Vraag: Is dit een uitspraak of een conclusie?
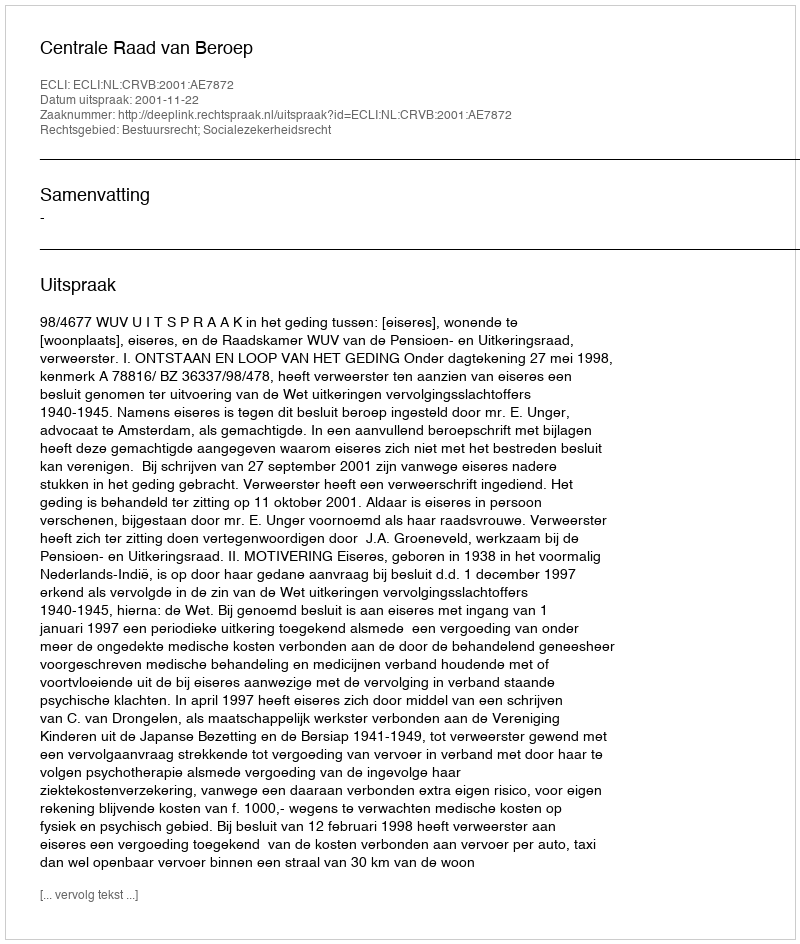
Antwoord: Uitspraak